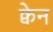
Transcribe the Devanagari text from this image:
क्वेन